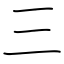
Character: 三